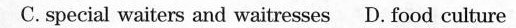
C.special waiters and waitresses D.food culture